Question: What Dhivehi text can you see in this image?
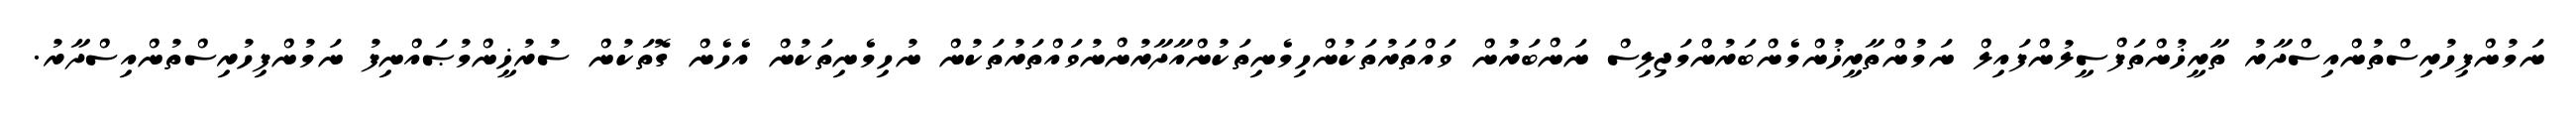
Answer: ނަމުންފިހުރިސްތުންއިސްދާރު ތާރީޚުންތަފްސީލުންފައިލް ނަމުންތާރީޚުންމެންބަރުންމަޖިލިސް ނަންބަރުން ވައްތަރުތަކުންހިމެނިތަކުންއާދާރުންނުވައްތަރުތަކުން ނުހިމެނިތަކުން އެހެން ގޮތަކުން ސުރުޚީންމުޞައްނިފު ނަމުންފިހުރިސްތުންއިސްދާރު.